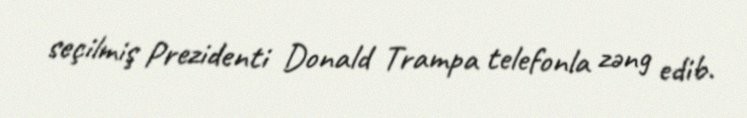
seçilmiş Prezidenti Donald Trampa telefonla zəng edib.